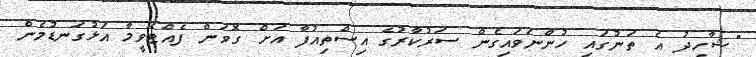
"ޝާހިދު އެ ތަނުގައި ހުންނަވައިގެން ސަރުކާރުގެ އިސްތިއުފާ އަށް ގޮވަން ފެއްޓެވީމާ އަޅުގަނޑުމެން